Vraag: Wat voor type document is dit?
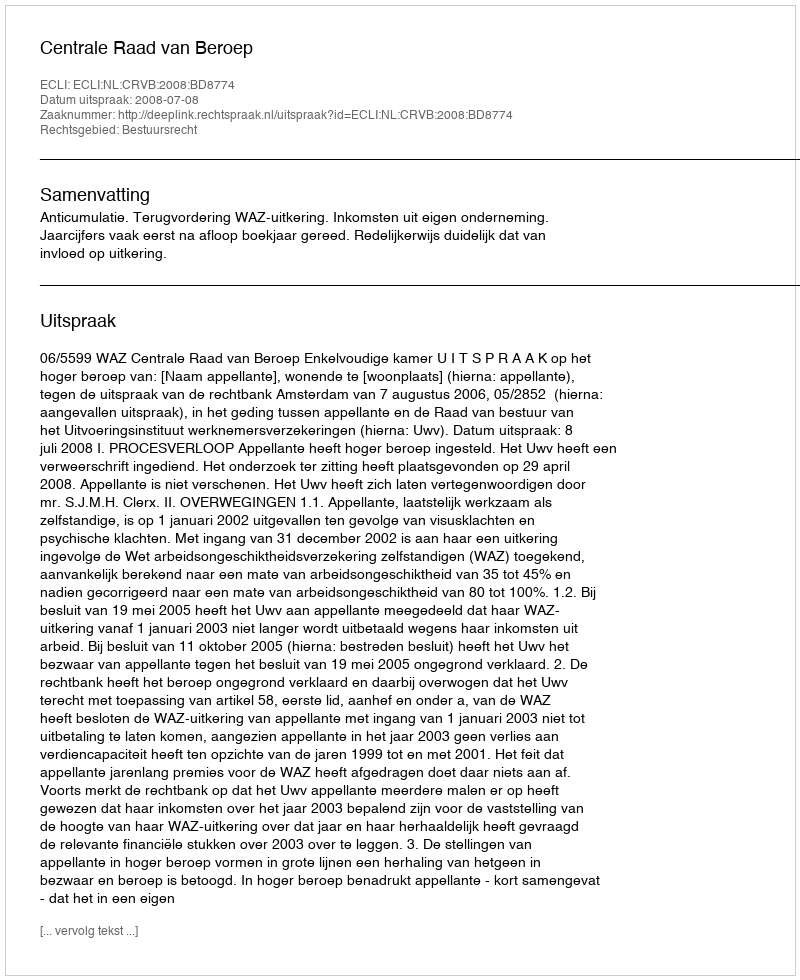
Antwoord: Uitspraak